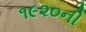
૧૯૨૦ની